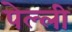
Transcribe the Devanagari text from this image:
पेल्ली